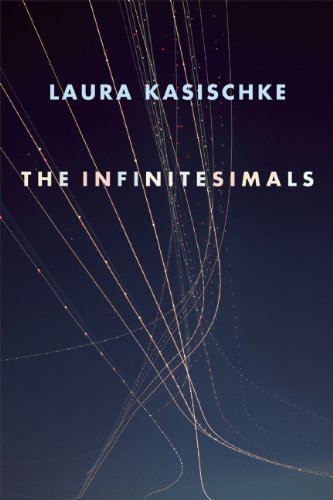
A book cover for The Infinitesimals; Laura Kasischke; Literature & Fiction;